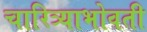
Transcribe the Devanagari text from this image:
चारित्र्याभोवती